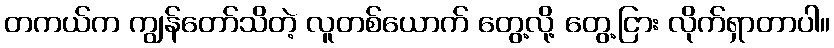
တကယ်က ကျွန်တော်သိတဲ့ လူတစ်ယောက် တွေ့လို့ တွေ့ငြား လိုက်ရှာတာပါ။